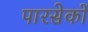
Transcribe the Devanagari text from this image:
पारसेकों